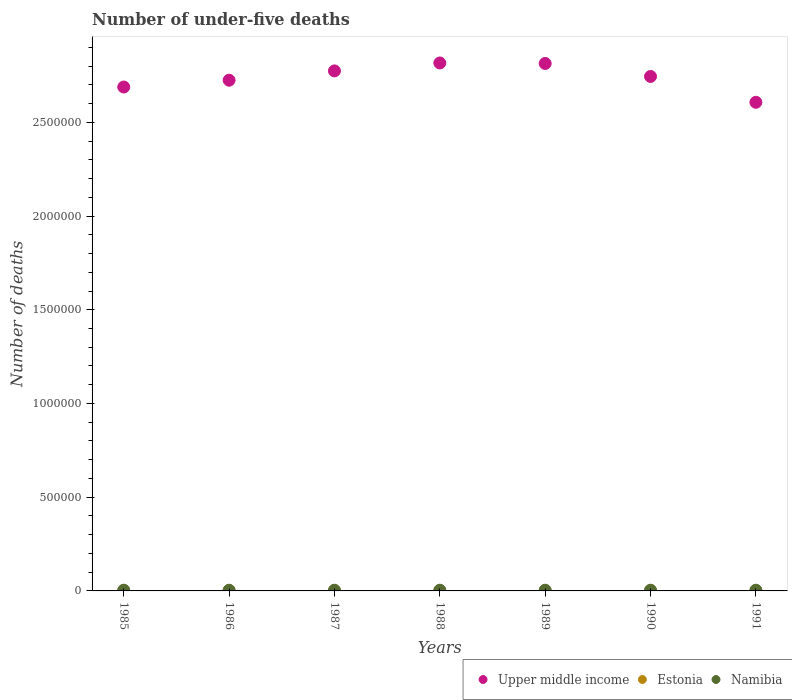
| Years | Upper middle income | Estonia | Namibia |
 | --- | --- | --- | --- |
 | 1985 | 2.69e+06 | 565 | 3.79e+03 |
 | 1986 | 2.72e+06 | 567 | 3.74e+03 |
 | 1987 | 2.77e+06 | 563 | 3.74e+03 |
 | 1988 | 2.82e+06 | 554 | 3.75e+03 |
 | 1989 | 2.81e+06 | 529 | 3.77e+03 |
 | 1990 | 2.74e+06 | 486 | 3.77e+03 |
 | 1991 | 2.61e+06 | 434 | 3.79e+03 |